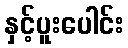
နှင့်ပူးပေါင်း